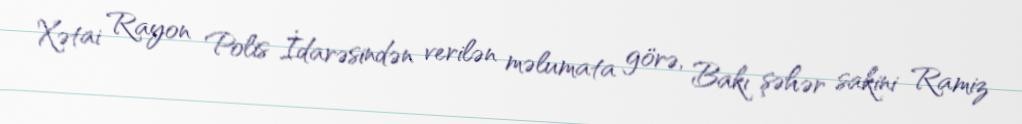
Xətai Rayon Polis İdarəsindən verilən məlumata görə, Bakı şəhər sakini Ramiz